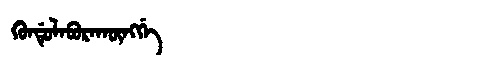
Manchu: ᡴᡠᠨᡩᡠᠯᡝᠪᡠᡵᠠᡴᡡᠩᡤᡝ
Romanization: KUNDULEBURAKŪNGGE